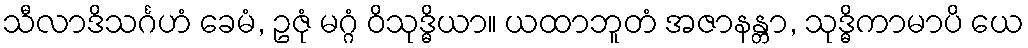
သီလာဒိသင်္ဂဟံ ခေမံ, ဥဇုံ မဂ္ဂံ ဝိသုဒ္ဓိယာ။ ယထာဘူတံ အဇာနန္တာ, သုဒ္ဓိကာမာပိ ယေ